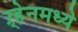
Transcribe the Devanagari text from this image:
ऱ्हेनमध्ये